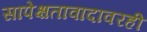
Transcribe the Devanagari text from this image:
सापेक्षतावादावरही